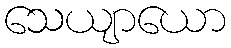
သေယျာယော